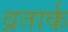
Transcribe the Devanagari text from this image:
व्रतार्क